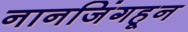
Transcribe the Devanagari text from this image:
नानजिंगहून